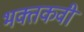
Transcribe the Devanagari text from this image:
भक्तकवी